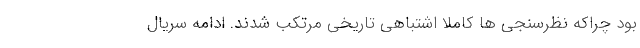
بود چراکه نظرسنجی ها کاملا اشتباهی تاریخی مرتکب شدند. ادامه سریال